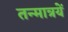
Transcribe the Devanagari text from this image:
तन्मात्रयें